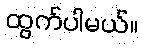
ထွက်ပါမယ်။